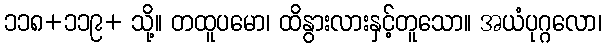
၁၁၈+၁၁၉+ သို့။ တထူပမော၊ ထိနွားလားနှင့်တူသော။ အယံပုဂ္ဂလော၊